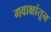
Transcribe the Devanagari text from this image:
गवाक्षांतून